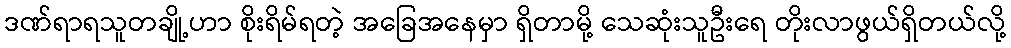
ဒဏ်ရာရသူတချို့ဟာ စိုးရိမ်ရတဲ့ အခြေအနေမှာ ရှိတာမို့ သေဆုံးသူဦးရေ တိုးလာဖွယ်ရှိတယ်လို့